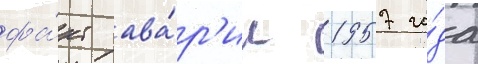
фа́кт ава́р'ии 1957 го́да